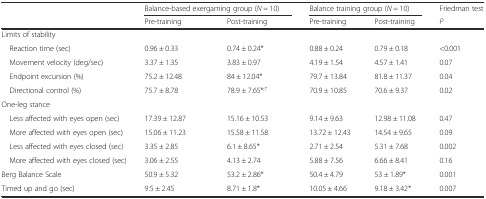
| <ROWSPAN=2>  | <COLSPAN=2> Balance-based exergaming group (N = 10) | <COLSPAN=2> Balance training group (N = 10) | Friedman test |
 | Pre-training | Post-training | Pre-training | Post-training | P |
 | --- | --- | --- | --- | --- | --- |
 | <COLSPAN=6> Limits of stability |
 | Reaction time (sec) | 0.96 ± 0.33 | 0.74 ± 0.24* | 0.88 ± 0.24 | 0.79 ± 0.18 | <0.001 |
 | Movement velocity (deg/sec) | 3.37 ± 1.35 | 3.83 ± 0.97 | 4.19 ± 1.54 | 4.57 ± 1.41 | 0.07 |
 | Endpoint excursion (%) | 75.2 ± 12.48 | 84 ± 12.04* | 79.7 ± 13.84 | 81.8 ± 11.37 | 0.04 |
 | Directional control (%) | 75.7 ± 8.78 | 78.9 ± 7.65*,† | 70.9 ± 10.85 | 70.6 ± 9.37 | 0.02 |
 | <COLSPAN=6> One-leg stance |
 | Less affected with eyes open (sec) | 17.39 ± 12.87 | 15.16 ± 10.53 | 9.14 ± 9.63 | 12.98 ± 11.08 | 0.47 |
 | More affected with eyes open (sec) | 15.06 ± 11.23 | 15.58 ± 11.58 | 13.72 ± 12.43 | 14.54 ± 9.65 | 0.09 |
 | Less affected with eyes closed (sec) | 3.35 ± 2.85 | 6.1 ± 8.65* | 2.71 ± 2.54 | 5.31 ± 7.68 | 0.002 |
 | More affected with eyes closed (sec) | 3.06 ± 2.55 | 4.13 ± 2.74 | 5.88 ± 7.56 | 6.66 ± 8.41 | 0.16 |
 | Berg Balance Scale | 50.9 ± 5.32 | 53.2 ± 2.86* | 50.4 ± 4.79 | 53 ± 1.89* | 0.001 |
 | Timed up and go (sec) | 9.5 ± 2.45 | 8.71 ± 1.8* | 10.05 ± 4.66 | 9.18 ± 3.42* | 0.007 |